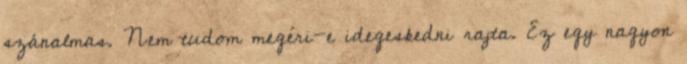
szánalmas. Nem tudom megéri-e idegeskedni rajta. Ez egy nagyon